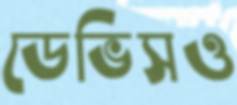
ডেভিসও